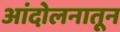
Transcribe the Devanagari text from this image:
आंदोलनातून